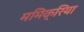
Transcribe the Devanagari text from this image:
ममिक्रिया